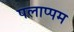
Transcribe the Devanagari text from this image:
पलाप्पम